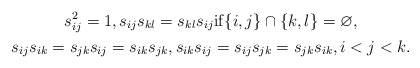
\begin{gather*} s_{ij}^{2}=1, s_{ij} s_{kl}=s_{kl} s_{ij} {\rm if} \{i,j\} \cap \{k,l \}= \varnothing,\\s_{ij} s_{ik}=s_{jk} s_{ij}=s_{ik} s_{jk}, s_{ik} s_{ij}=s_{ij} s_{jk}= s_{jk} s_{ik}, i < j < k.\end{gather*}